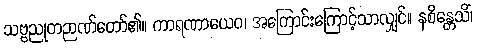
သဗ္ဗညုတဉာဏ်တော်၏။ ကာရဏာယေဝ၊ အကြောင်းကြောင့်သာလျှင်။ နစိန္တေသိံ၊